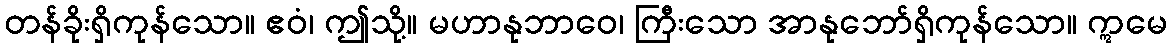
တန်ခိုးရှိကုန်သော။ ဧဝံ၊ ဤသို့။ မဟာနုဘာဝေ၊ ကြီးသော အာနုဘော်ရှိကုန်သော။ ဣမေ